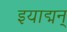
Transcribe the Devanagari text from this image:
इयाद्मन्